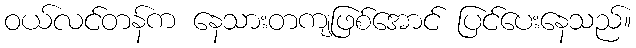
ဝယ်လင်တန်က နေသားတကျဖြစ်အောင် ပြင်ပေးနေသည်။